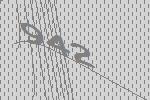
942